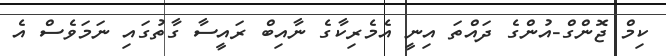
ކިމް ޖޮންގް-އުންގެ ދައްތަ އިނީ އެމެރިކާގެ ނާއިބް ރައީސާ ގާތުގައި ނަމަވެސް އެ